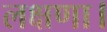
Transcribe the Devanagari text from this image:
लक्षणा।